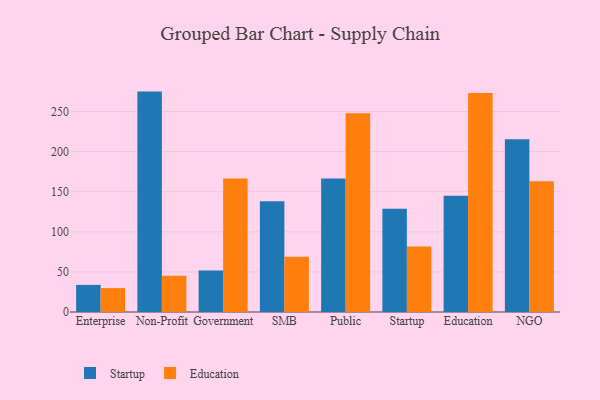
{"axis": {"x": "Segment", "y": "Satisfaction Score"}, "legend": ["Education", "Startup"], "data": [{"x": "Enterprise", "y": 33.8, "type": "Startup"}, {"x": "Enterprise", "y": 29.8, "type": "Education"}, {"x": "Non-Profit", "y": 274.8, "type": "Startup"}, {"x": "Non-Profit", "y": 45.3, "type": "Education"}, {"x": "Government", "y": 51.6, "type": "Startup"}, {"x": "Government", "y": 166.6, "type": "Education"}, {"x": "SMB", "y": 138.1, "type": "Startup"}, {"x": "SMB", "y": 68.9, "type": "Education"}, {"x": "Public", "y": 166.4, "type": "Startup"}, {"x": "Public", "y": 247.9, "type": "Education"}, {"x": "Startup", "y": 128.8, "type": "Startup"}, {"x": "Startup", "y": 81.7, "type": "Education"}, {"x": "Education", "y": 145.0, "type": "Startup"}, {"x": "Education", "y": 273.1, "type": "Education"}, {"x": "NGO", "y": 215.4, "type": "Startup"}, {"x": "NGO", "y": 162.9, "type": "Education"}]}